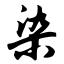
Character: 染